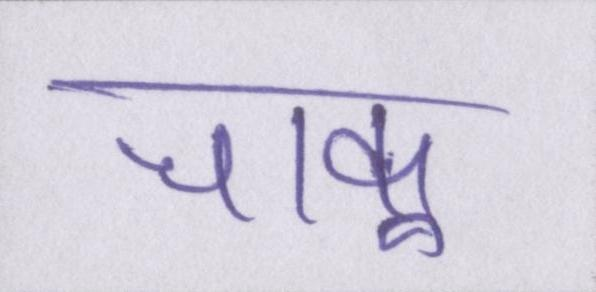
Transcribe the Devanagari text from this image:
चाकू